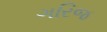
ગરિજ